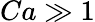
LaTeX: Ca\gg 1